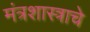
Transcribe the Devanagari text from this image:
मंत्रशास्त्राचे